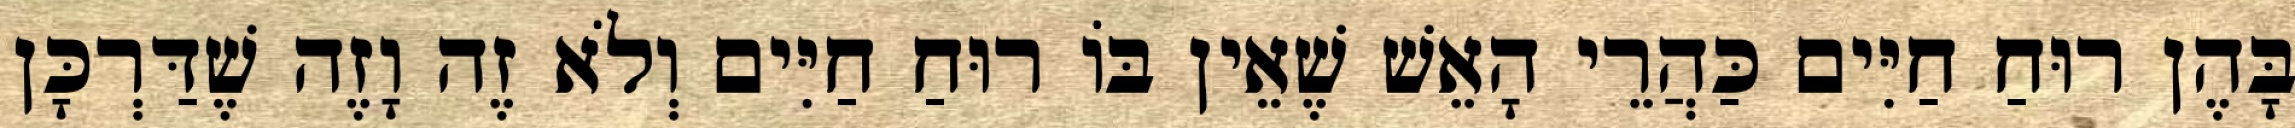
בָּהֶן רוּחַ חַיִּים כַּהֲרֵי הָאֵשׁ שֶׁאֵין בּוֹ רוּחַ חַיִּים וְלֹא זֶה וָזֶה שֶׁדַּרְכָּן